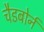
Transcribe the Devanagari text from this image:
चैडबोर्न